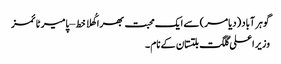
گوہر آباد (دیامر) سے ایک محبت بھرا کُھلا خط – پامیر ٹائمز
وزیر اعلی گلگت بلتستان کے نام ۔